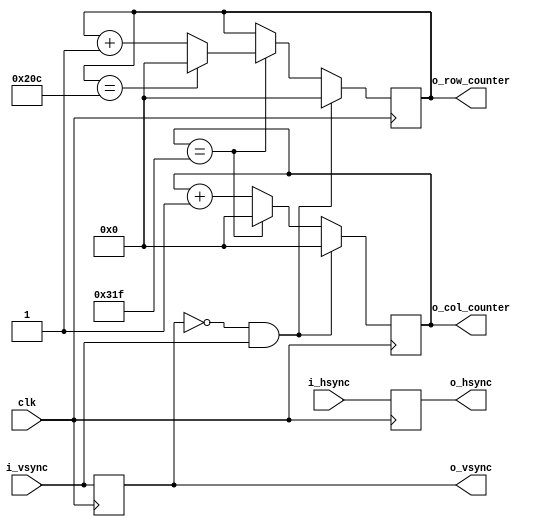
// Creates row and col counters to output sync pulses from hsync and vsync pulses.
module sync_to_count #(
  parameter        TOTAL_COLS = 800,
  parameter        TOTAL_ROWS = 525
  ) (
  input            clk,
  input            i_hsync,
  input            i_vsync,
  output reg       o_hsync = 0,
  output reg       o_vsync = 0,
  output reg [9:0] o_col_counter = 0,
  output reg [9:0] o_row_counter = 0
  );

  wire frame_start;

  // register syncs to align
  always @(posedge clk ) begin
    o_vsync <= i_vsync;
    o_hsync <= i_hsync;
  end

  // track row/col counters
  always @(posedge clk ) begin
    if (frame_start == 1'b1) begin
      o_col_counter <= 0;
      o_row_counter <= 0;
    end else begin
      if (o_col_counter == TOTAL_COLS-1) begin
        if (o_row_counter == TOTAL_ROWS-1) begin
          o_row_counter <= 0;
        end else begin
          o_row_counter <= o_row_counter + 1;
        end
        o_col_counter <= 0;
      end else begin
        o_col_counter <= o_col_counter + 1;
      end
    end
  end
  
  // reset counters on rising edge
  assign frame_start = (~o_vsync & i_vsync);
endmodule